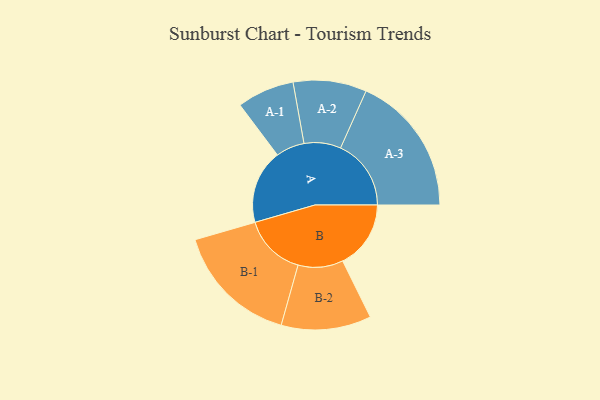
{"axis": {"x": "Segment", "y": "Value"}, "legend": ["", "A", "B"], "data": [{"x": "A", "y": 313, "type": ""}, {"x": "B", "y": 288, "type": ""}, {"x": "A-1", "y": 121, "type": "A"}, {"x": "A-2", "y": 155, "type": "A"}, {"x": "A-3", "y": 298, "type": "A"}, {"x": "B-1", "y": 263, "type": "B"}, {"x": "B-2", "y": 190, "type": "B"}]}